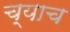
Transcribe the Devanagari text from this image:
च्याच